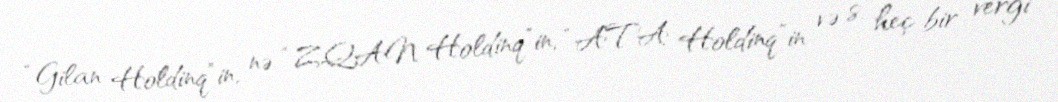
“Gilan Holdinq”in, nə “ZQAN Holdinq”in, “ATA Holdinq”in və s. heç bir vergi